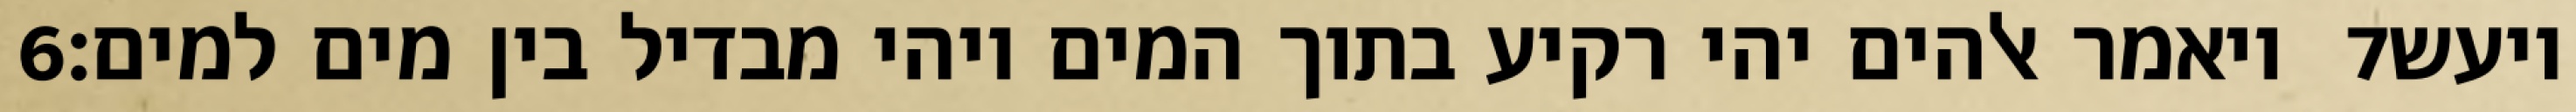
‎6‏ ויאמר אלהים יהי רקיע בתוך המים ויהי מבדיל בין מים למים׃ ‎7‏ ויעש